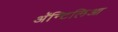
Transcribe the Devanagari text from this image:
अॅन्टिलिआ